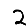
Digit: 2